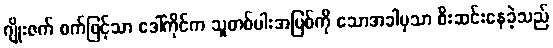
ဂျိုးဇက် စက်ဖြင့်သာ ဒေါ်ကိုင်က သူတစ်ပါးအပြစ်ကို သောအခါမှသာ စီးဆင်းနေခဲ့သည်